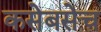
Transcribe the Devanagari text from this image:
कसेबसेच